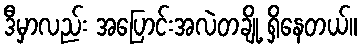
ဒီမှာလည်း အပြောင်းအလဲတချို့ ရှိနေတယ်။